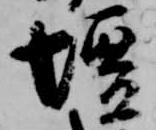
壇